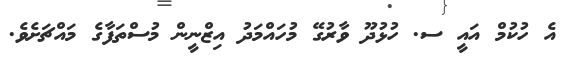
އެ ހުކުމް އައީ ސ. ހުޅުދޫ ވާރުގޭ މުހައްމަދު އިޒްނީން މުސްތަފާގެ މައްޗަށެވެ.